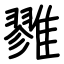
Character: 雡